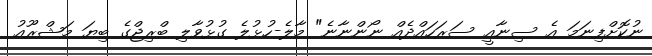
ނުކޮށްފިނަމަ އެ ސިނާއީ ސަރަހައްދެއް ނޯންނާނެ" މާލެ-ހުޅުލެ ގުޅުވާލި ބްރިޖްގެ ބިޔަ މަޝްރޫއު